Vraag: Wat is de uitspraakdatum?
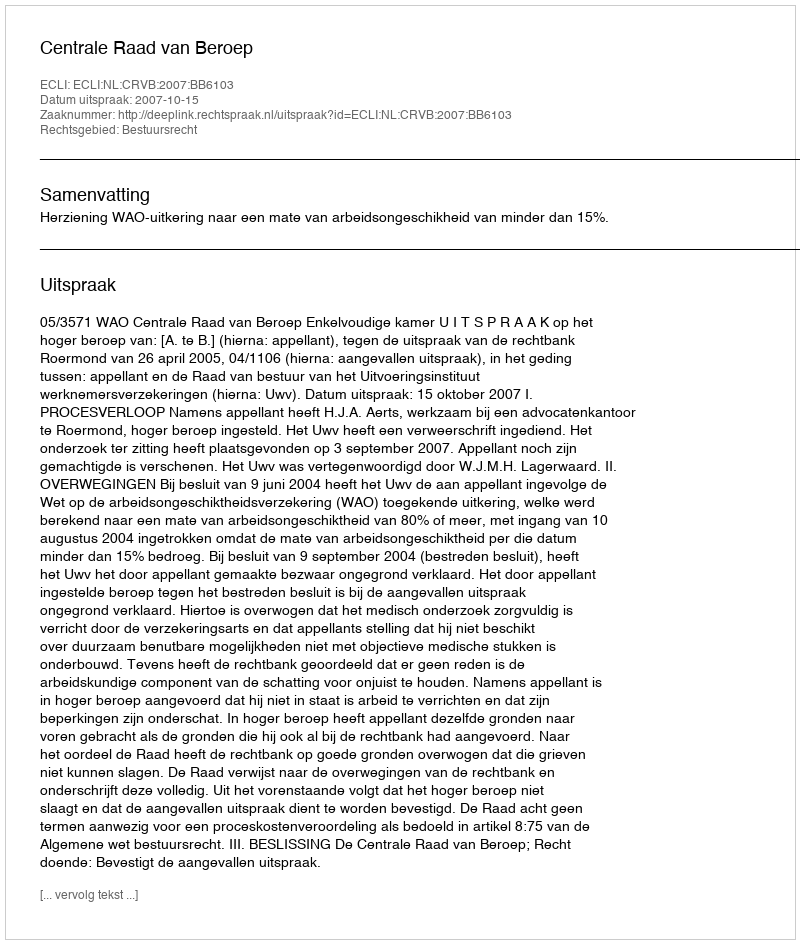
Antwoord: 2007-10-15